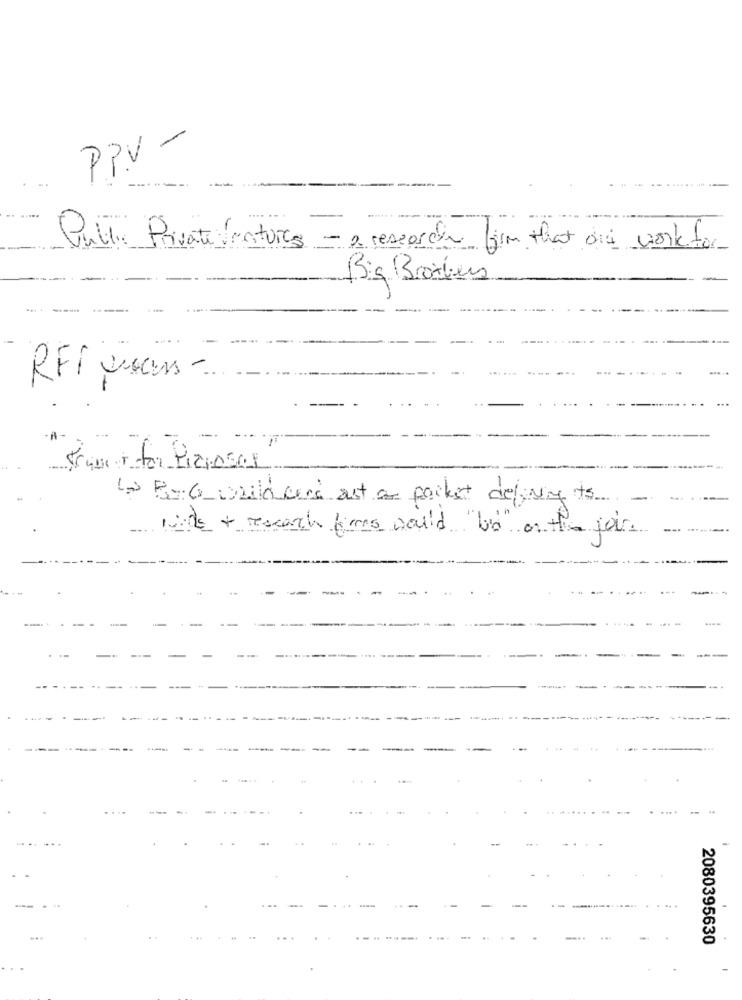
PPV -
.....
Pull Private features - a research firm that one work for
Big Brothers
RFF user -
Los By:6 wilders ast a packet deliving to
und + research firms would "o" on the jours
-
....
2080395630